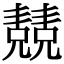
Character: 𠓆